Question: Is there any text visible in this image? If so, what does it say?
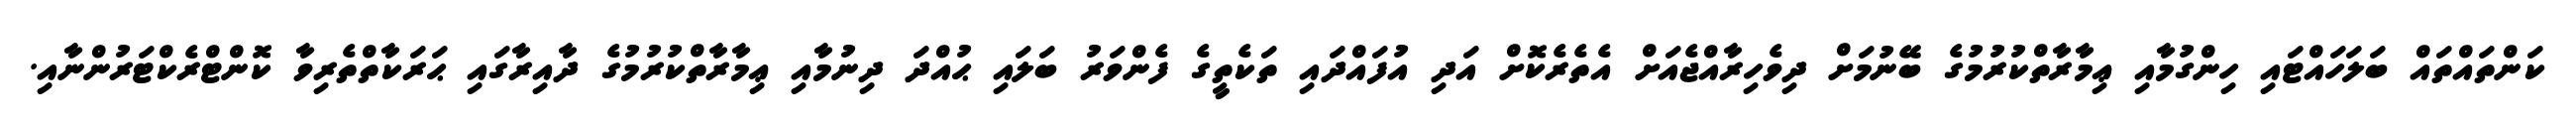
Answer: ކަންތައްތައް ބަލަހައްޓައި ހިންގުމާއި ޢިމާރާތްކުރުމުގެ ބޭނުމަށް ދިވެހިރާއްޖެއަށް އެތެރެކޮށް އަދި އުފައްދައި ތަކެތީގެ ފެންވަރު ބަލައި ޙުއްދަ ދިނުމާއި ޢިމާރާތްކުރުމުގެ ދާއިރާގައި ޙަރަކާތްތެރިވާ ކޮންޓްރެކްޓަރުންނާއި.